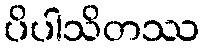
ပိပါသိတဿ